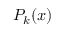
P _ { k } ( x )